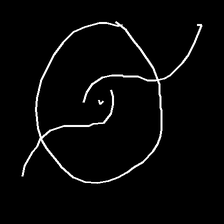
Glyph: repetition